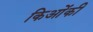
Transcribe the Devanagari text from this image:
किओंकी